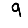
Digit: 9